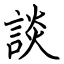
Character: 談